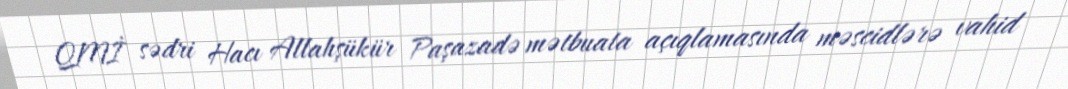
QMİ sədri Hacı Allahşükür Paşazadə mətbuata açıqlamasında məscidlərə vahid